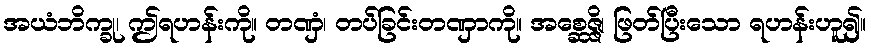
အယံဘိက္ခု၊ ဤရဟန်းကို။ တဏှံ၊ တပ်ခြင်းတဏှာကို။ အစ္ဆေဇ္ဇိ၊ ဖြတ်ပြီးသော ရဟန်းဟူ၍။